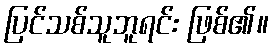
ပြင်သစ်သူဘူရင်း ဖြစ်၏။